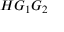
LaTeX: H G _ { 1 } G _ { 2 }